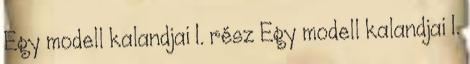
Egy modell kalandjai 1. rész Egy modell kalandjai 1.